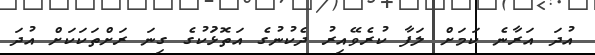
އުދަ އަރާނެ ކަމަށް ލަފާ ކުރެވޭއިރު ދެކުުނުގެ އަތޮޅުަކުގެ ގިނަ ރަށްތަކަކަށް އުދަ